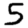
Digit: 5